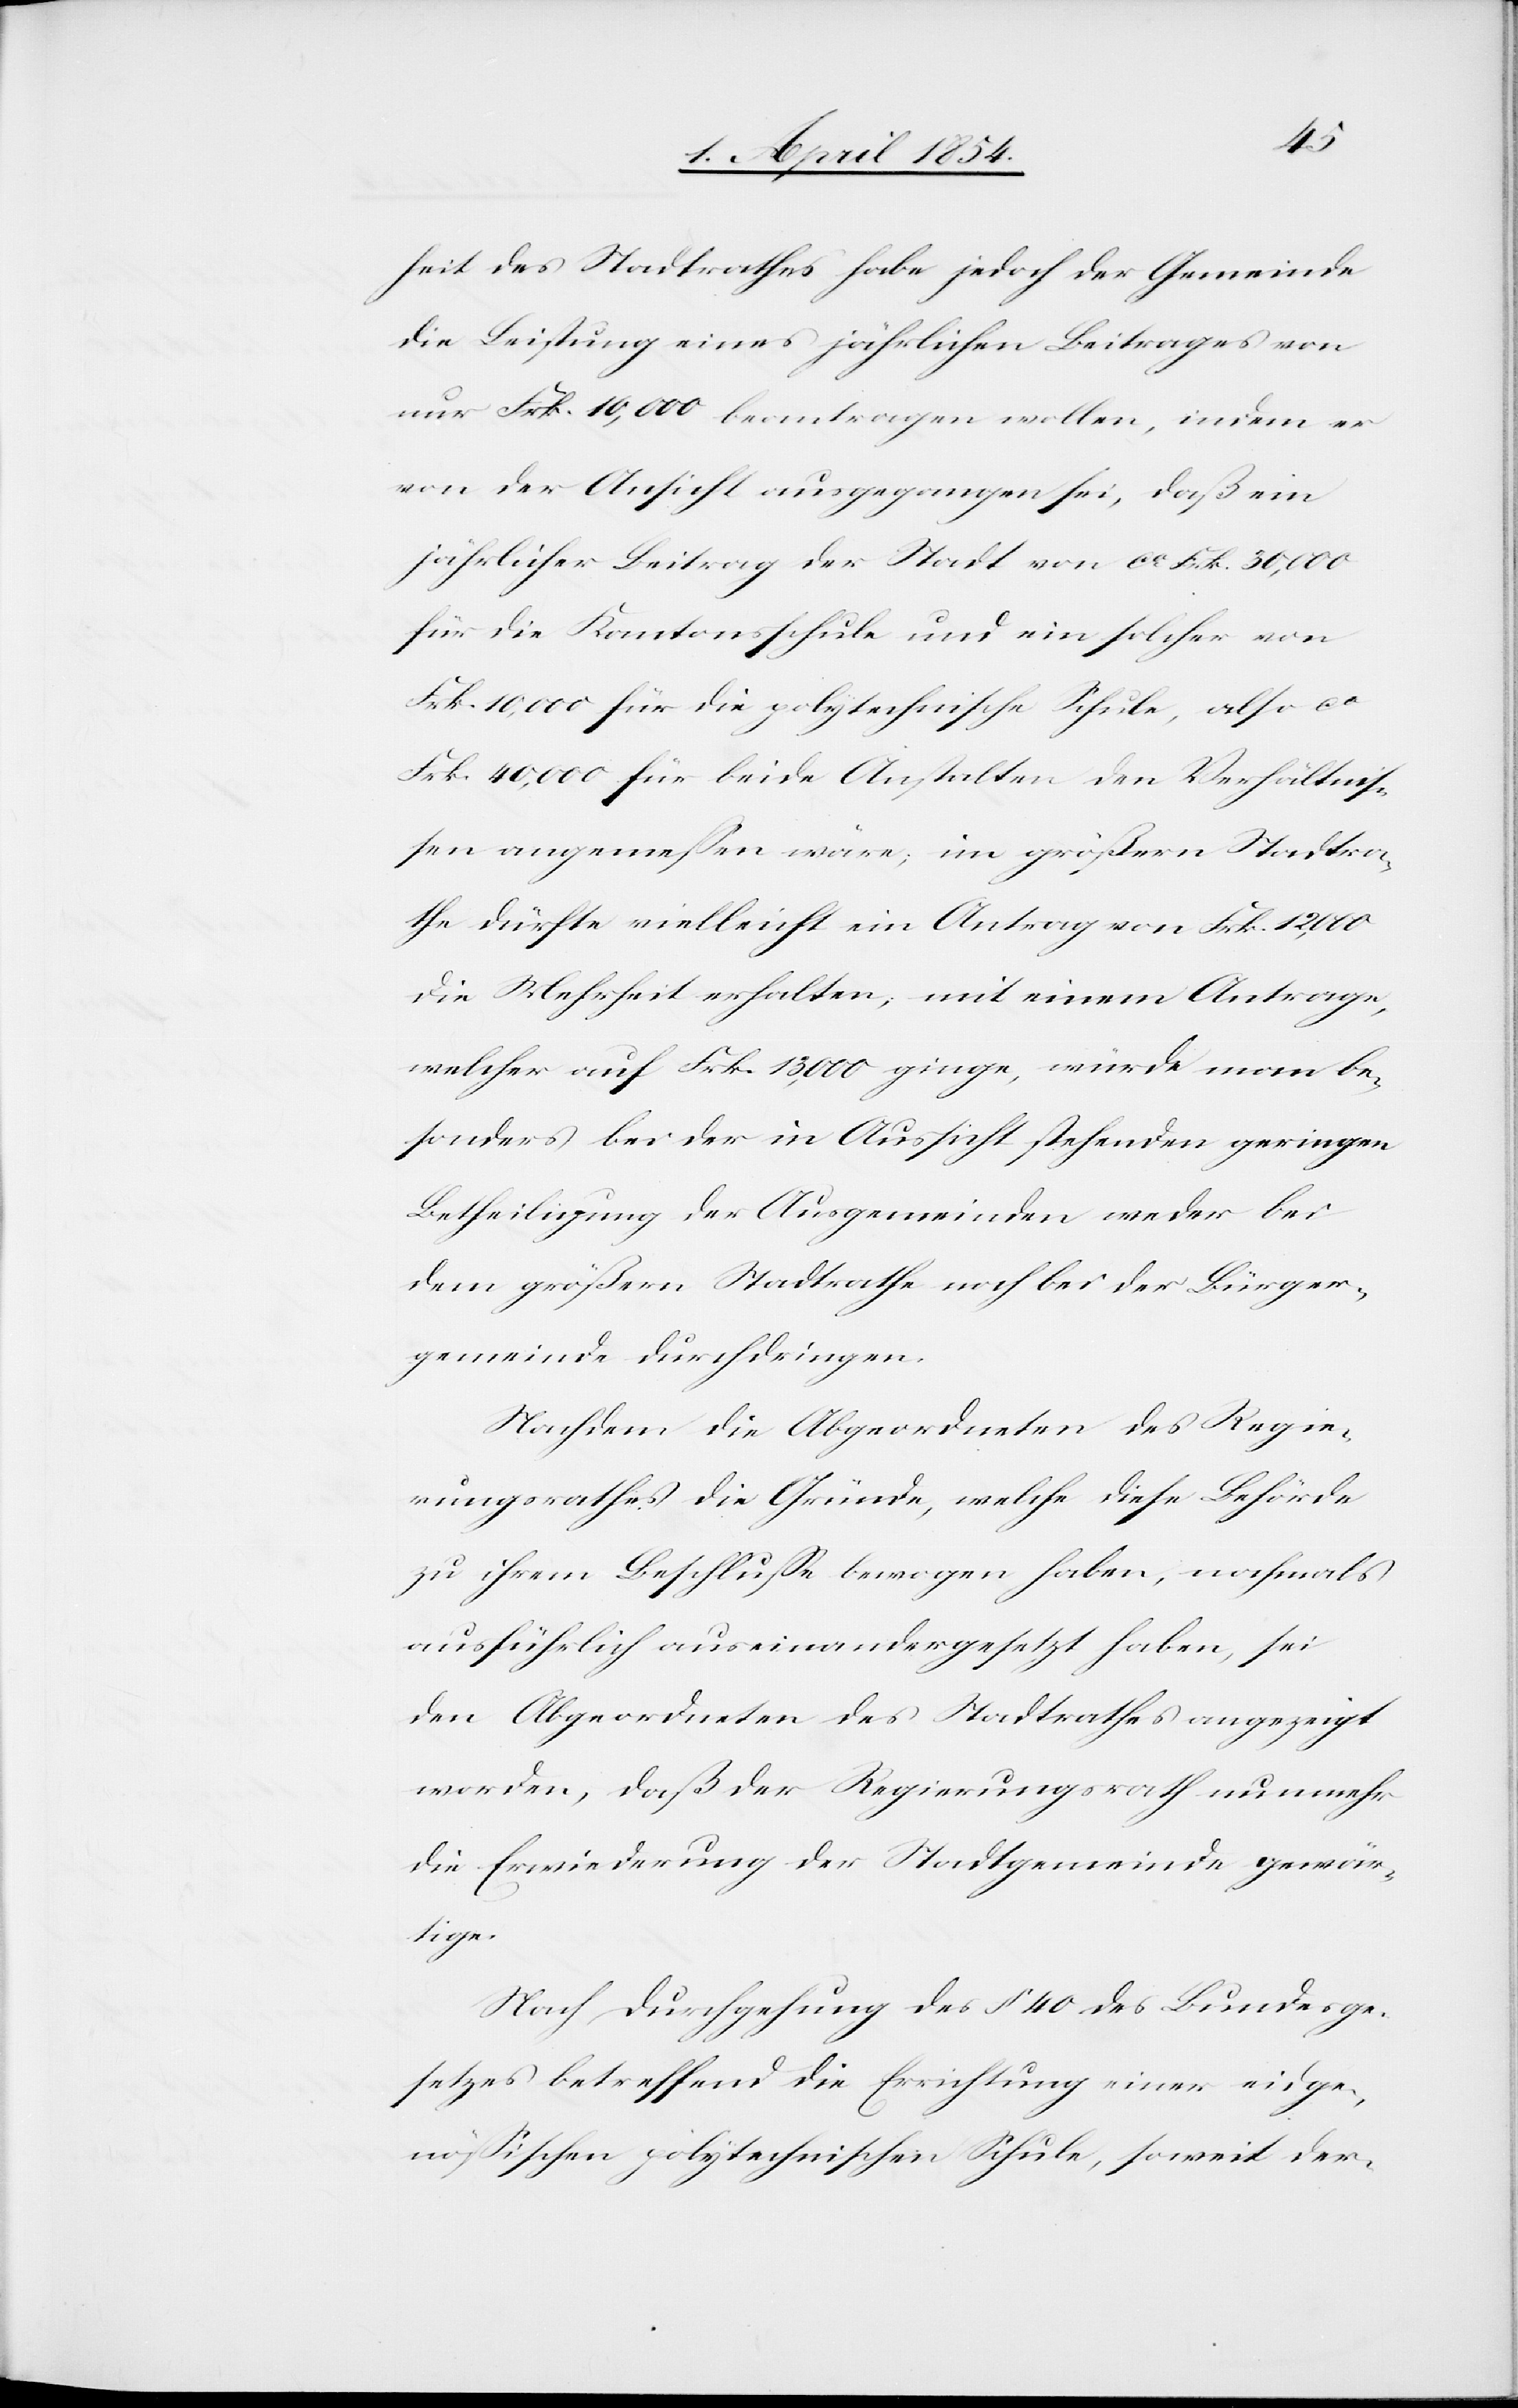
heit des Stadtrathes habe jedoch der Gemeinde
die Leistung eines jährlichen Beitrages von
nur Frk. 10,000 beantragen wollen, indem er
von der Ansicht ausgegangen sei, daß ein
jährlicher Beitrag der Stadt von ca Frk. 30,000
für die Kantonsschule und ein solcher von
Frk. 10,000 für die polytechnische Schule, also ca
Frk. 40,000 für beide Anstalten den Verhältnis¬
sen angemeßen wäre; im größern Stadtra¬
the dürfte vielleicht ein Antrag von Frk. 12,000
die Mehrheit erhalten; mit einem Antrage,
welcher auf Frk. 13,000 ginge, würde man be¬
sonders bei der in Aussicht stehenden geringen
Betheiligung der Ausgemeinden weder bei
dem größern Stadtrathe noch bei der Bürger¬
gemeinde durchdringen.
Nachdem die Abgeordneten des Regie¬
rungsrathes die Gründe, welche diese Behörde
zu ihrem Beschluße bewogen haben, nochmals
ausführlich auseinandergesetzt haben, sei
den Abgeordneten des Stadtrathes angezeigt
worden, daß der Regierungsrath nunmehr
die Erwiederung der Stadtgemeinde gewär¬
tige.
Nach Durchgehung des § 40 des Bundesge¬
setzes betreffend die Errichtung einer eidge¬
nößischen polytechnischen Schule, soweit der-